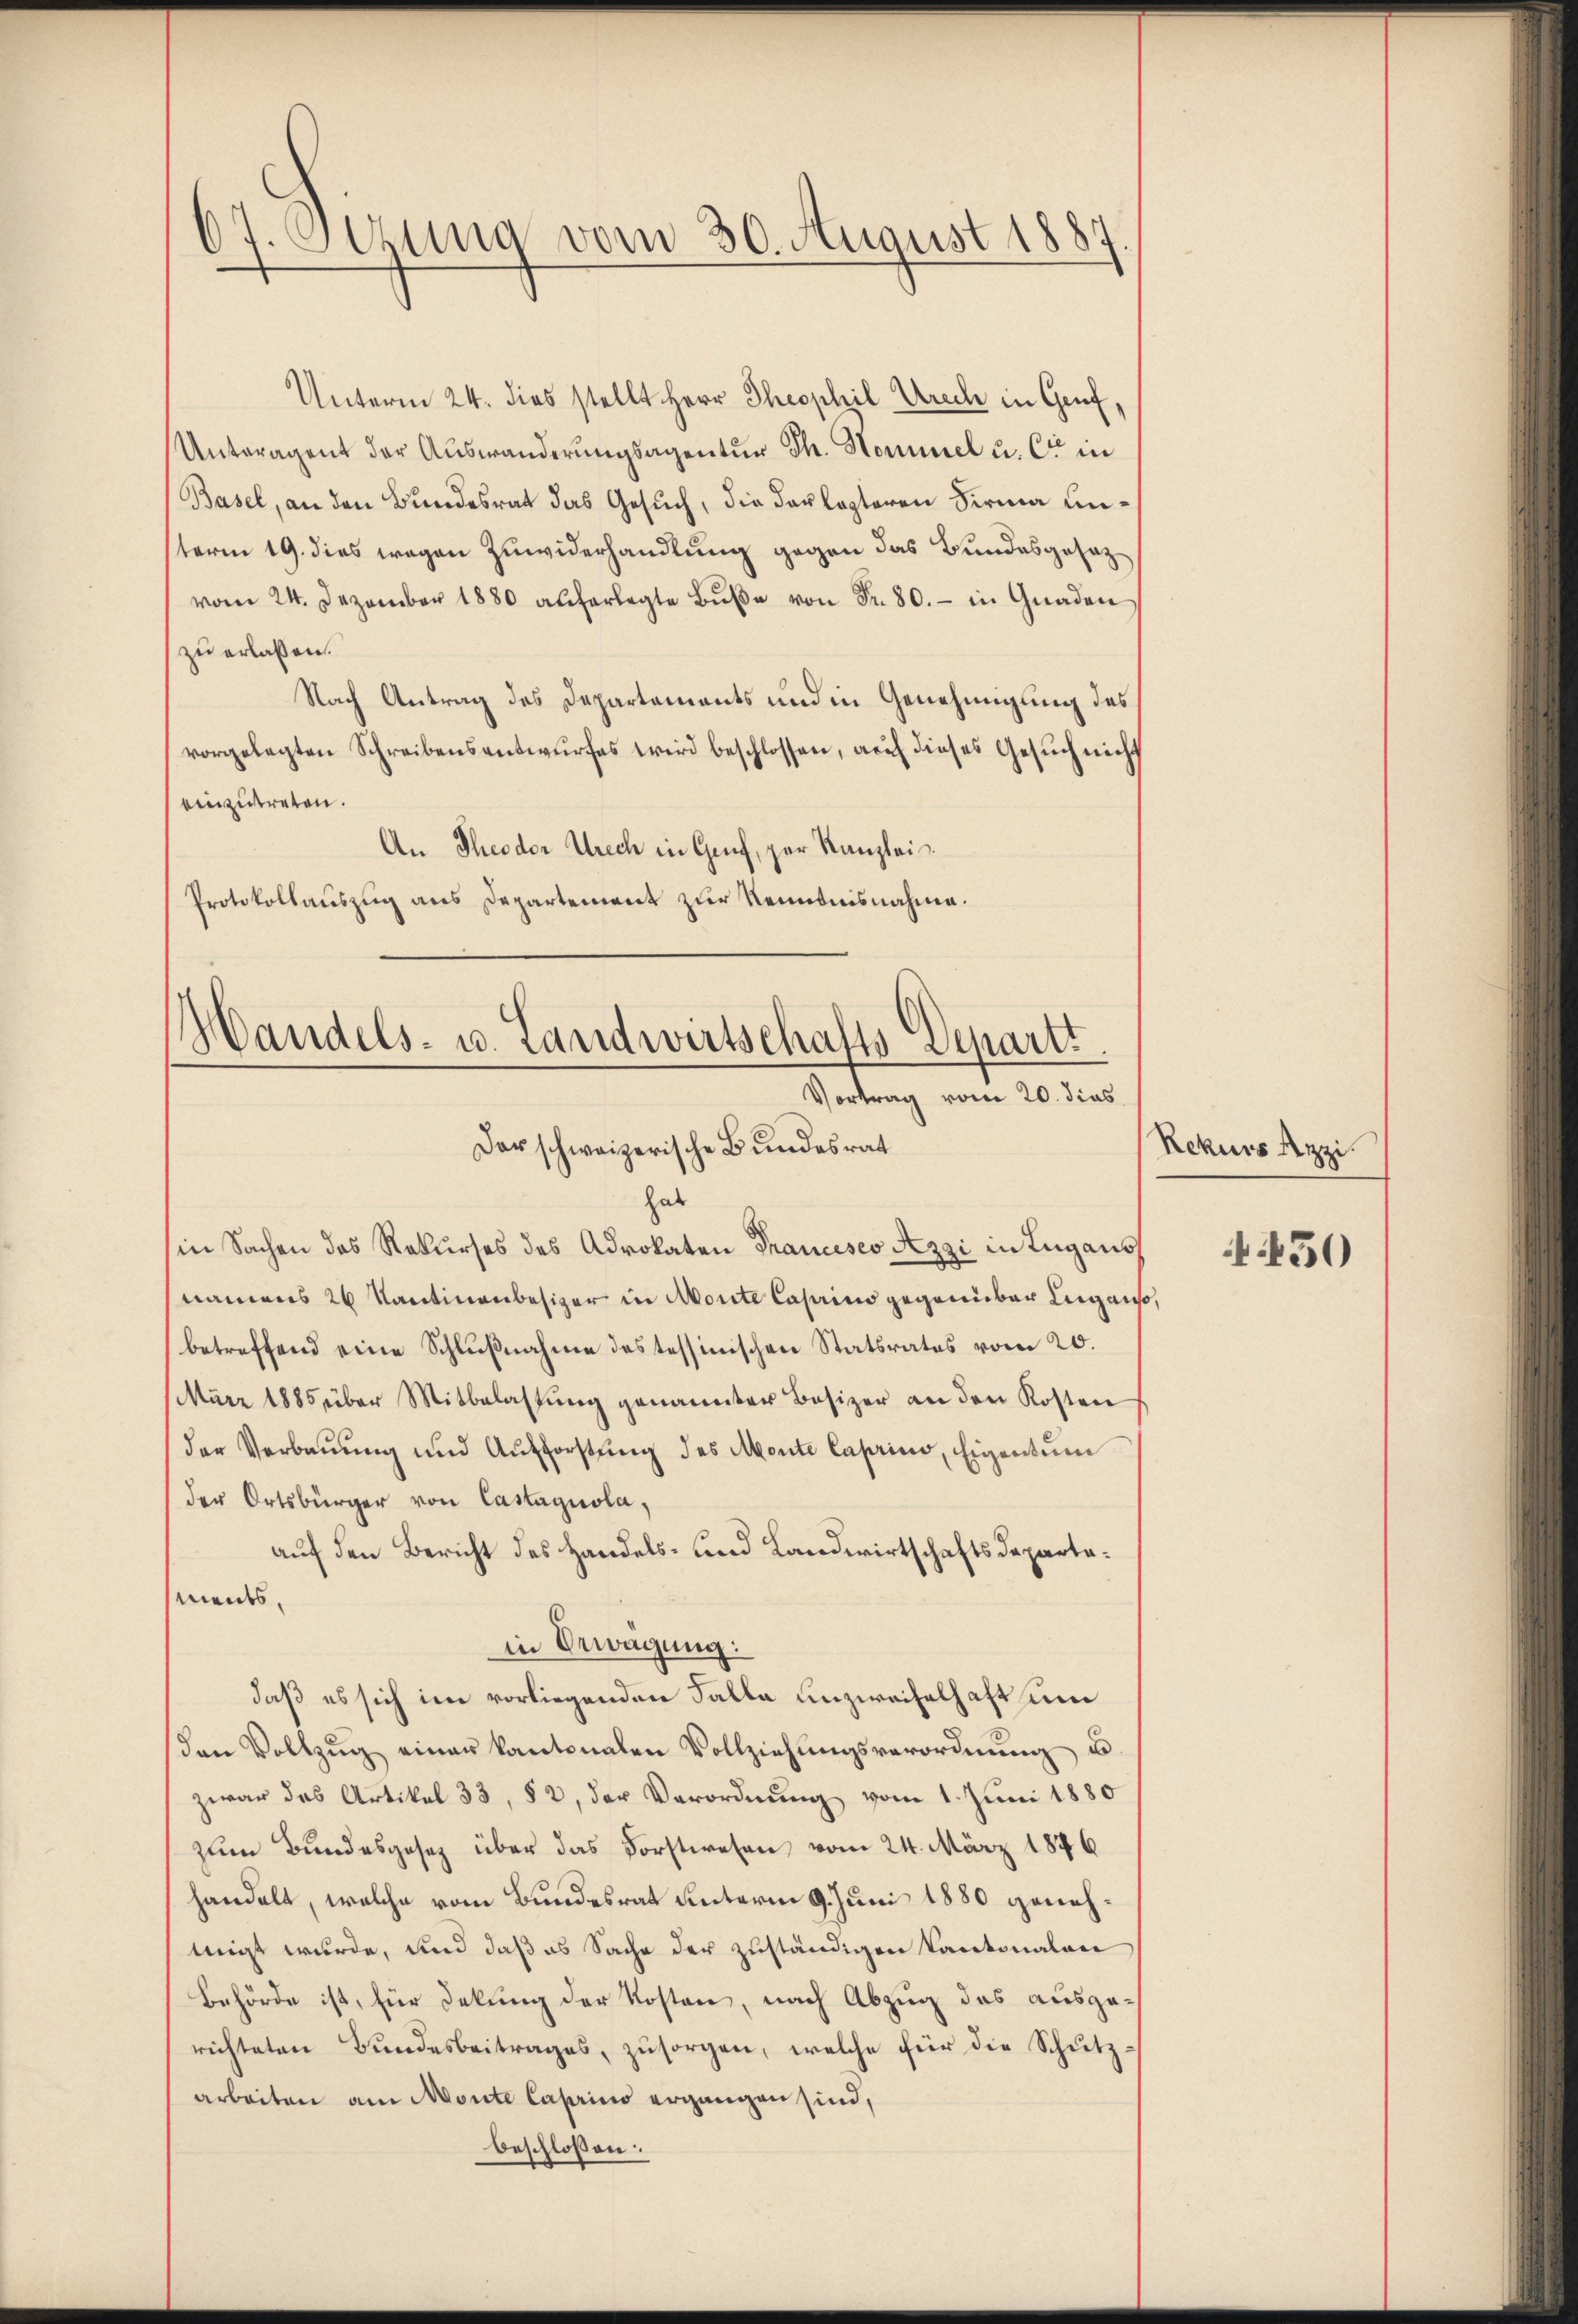
67. Otzung vom 30. August 1885

Unterm 24. dies stellt Herr Theophil Urach in Genf,
Unteragent der Auswanderungsagentur Th. Hommel u. Cie in
Basel, an den Bundesrat das Gesuch, die darlegteren Firma unsterm 19. dies wegen Zuwiderhandlung gegen das Bundesgesezvom 24. Dezember 1880 auferlegte Bŭβe von Fr. 80. - in Gnaden
zu erlassen.
Nach Antrag des Departements und in Genehmigung des
vorgelegten Schreibensantwurfes wird beschlossen, auf dieses Gesuch nicht
einzutreten.
An Theodor Utrech in Genf, zur Kanzlei
Protokollauszug aus Departement zur Kenntnisnahme.

Handels- u. Landwirtschafts-Departt.
Vortrag vom 20. dies
Dar schweizerische Bundesrat

hab
in Sachen das Rekurses des Advokaten Francesco Azzi in Lugans
namens 2 Kantinenbesizer in Monte Caprino gegenüber Lugaus,
betreffend eine Schlußnahme des tessinischen Statsrates vom 20.
März 1885 über Mitbelastŭng genannter Besizer an den Kosten
der Verbauung und Aufforstung des Monte Caprius, Eigentum
der Ortsbürger von Castagnola,
auf den Bericht des Handels- und Landwirtschaftsdepartements,
in Erwägung:
daß es sich im vorliegenden Falle unzweifelhaft um
en Vollzŭg einer kantonalen Vollziehungsverordnung u.
zwar das Artikel 33, § 2, der Verordnung vom 1. Juni 1880
zum Bundesgesetz über das Forstwesen vom 24. März 1876
handelt, welche vom Bundesrat unterm 9. Juni 1880 genehmigt wurde, und daß es Sache der zuständigen Kantonalen
Behörde ist, für Delung der Kosten, nach Abzug das ausgerichteten Bundesbeitrages, zu sorgen, welche für die Schutzarbeiten am Monte Casino ergangen sind,
beschlossen:

Rekurs Leipzi

450